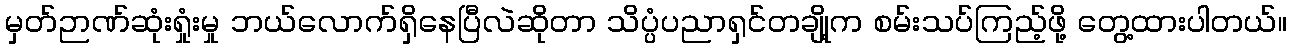
မှတ်ဉာဏ်ဆုံးရှုံးမှု ဘယ်လောက်ရှိနေပြီလဲဆိုတာ သိပ္ပံပညာရှင်တချို့က စမ်းသပ်ကြည့်ဖို့ တွေ့ထားပါတယ်။